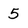
Character: 5